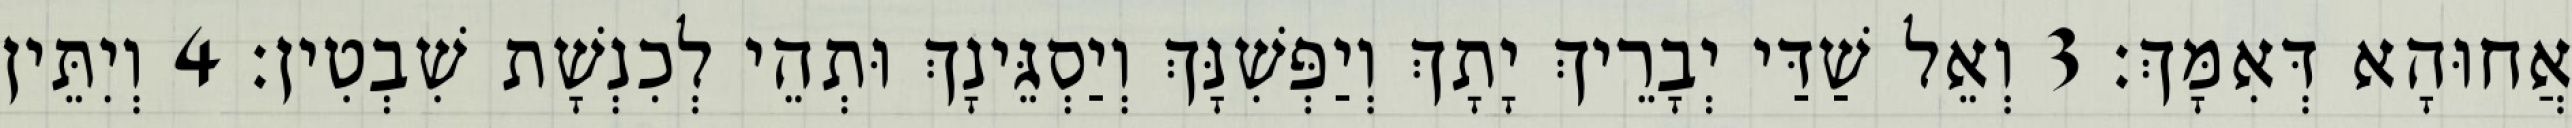
אֲחוּהָא דְּאִמָּךְ׃ 3 וְאֵל שַׁדַּי יְבָרֵיךְ יָתָךְ וְיַפְּשִׁנָּךְ וְיַסְגֵּינָךְ וּתְהֵי לְכִנְשָׁת שִׁבְטִין׃ 4 וְיִתֵּין